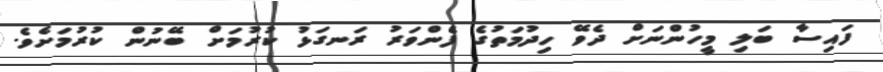
ފައިސާ ބަލި މީހުންނަށް ދެވޭ ހިދުމަތުގެ ފެންވަރު ރަނގަޅު ކުރުމަށް ބޭނުން ކުރުމަށެވެ.